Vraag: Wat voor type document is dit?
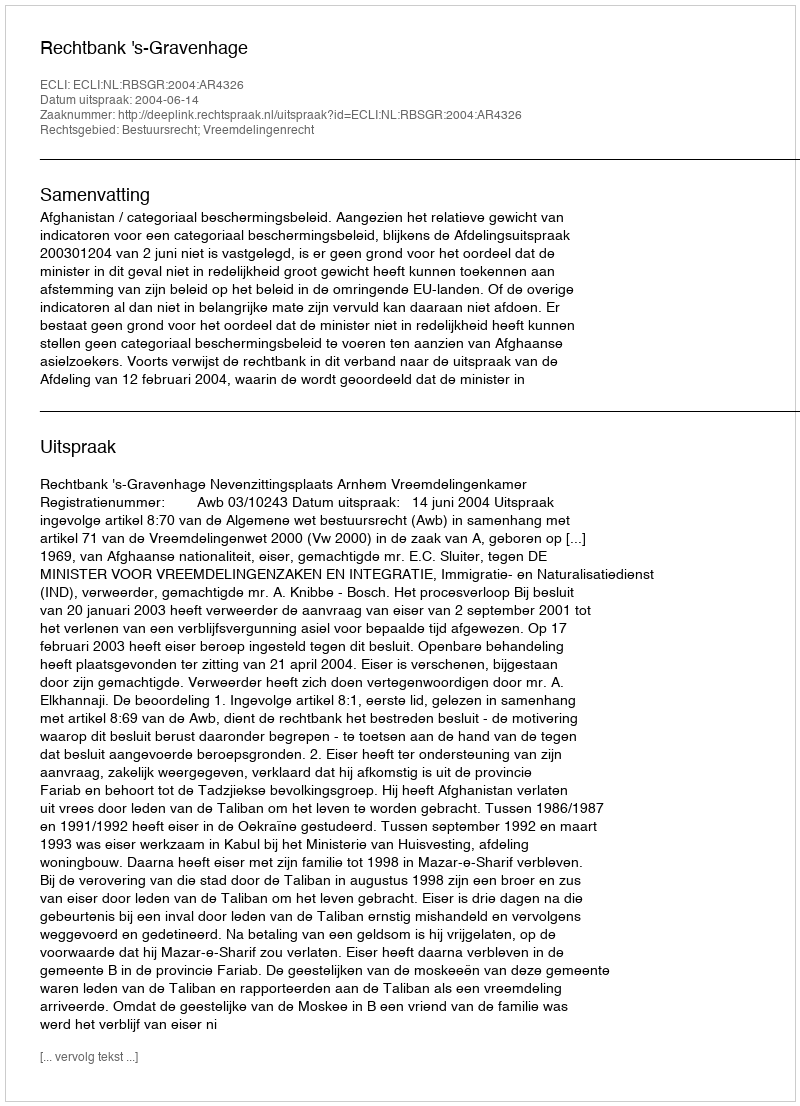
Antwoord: Uitspraak